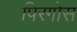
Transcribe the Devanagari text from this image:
पिरगोस